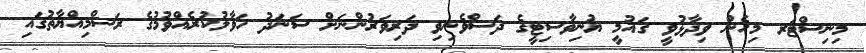
މިނިސްޓަރ މިހެން ވިދާޅުވީ ގައުމީ ޔުނިވާސިޓީގެ ދަސްވެނިވި ދަރިވަރުންނަށް ސަނަދު ހަވާލުކުރެއްވުމުގެ ރަސްމިއްޔާތުގައި